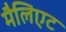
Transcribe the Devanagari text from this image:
मैलिएट